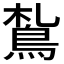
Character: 𩿤